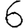
Digit: 6